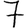
Digit: 7